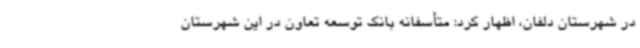
در شهرستان دلفان، اظهار کرد: متأسفانه بانک توسعه تعاون در این شهرستان